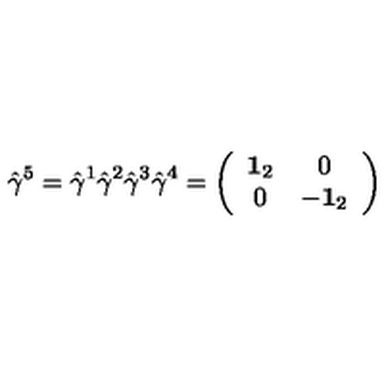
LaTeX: \hat { \gamma } ^ { 5 } = \hat { \gamma } ^ { 1 } \hat { \gamma } ^ { 2 } \hat { \gamma } ^ { 3 } \hat { \gamma } ^ { 4 } = \left( \begin{array} { c c } { { \bf 1 } _ { 2 } } & { 0 } \\ { 0 } & { - { \bf 1 } _ { 2 } } \\ \end{array} \right)